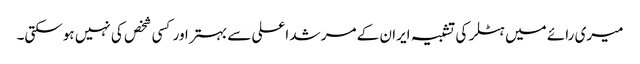
میری رائے میں ہٹلر کی تشبیہ ایران کے مرشد اعلی سے بہتر اور کسی شخص کی نہیں ہوسکتی۔